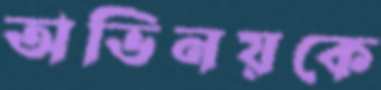
অভিনয়কে